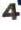
4